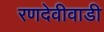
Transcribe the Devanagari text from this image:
रणदेवीवाडी